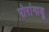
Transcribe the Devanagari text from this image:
पोरांगाडु